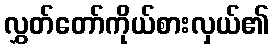
လွှတ်တော်ကိုယ်စားလှယ်၏